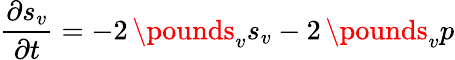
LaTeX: \frac{\partial s_{v}}{\partial t}=-2\, \pounds_{v}s_{v}-2\, \pounds_{v}p